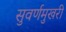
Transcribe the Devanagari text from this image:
सुवर्णमुखरी